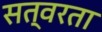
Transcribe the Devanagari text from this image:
सत्वरता